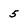
Character: 5